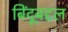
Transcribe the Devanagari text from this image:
बिंदूबद्दल